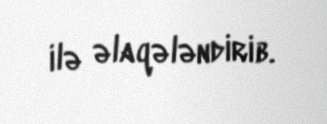
ilə əlaqələndirib.